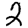
Digit: 2